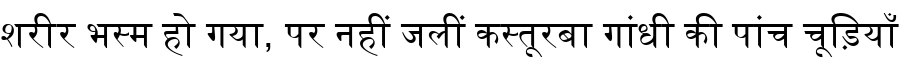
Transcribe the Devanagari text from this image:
शरीर भस्म हो गया, पर नहीं जलीं कस्तूरबा गांधी की पांच चूड़ियाँ